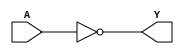
module MOD_74x04_2 (
    input [1:0] A,
    output [1:0] Y);

assign Y = ~A;

endmodule

module MOD_74x04_2_SPLIT (
    input [1:0] A,
    output [1:0] Y);

assign Y[0] = ~A[0];
assign Y[1] = ~A[1];

endmodule